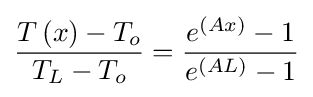
{\frac {T\left(x\right)-T_{o}}{T_{L}-T_{o}}}={\frac {e^{\left(Ax\right)}-1}{e^{\left(AL\right)}-1}}